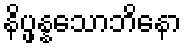
နိပ္ဖန္နသောဘိနော